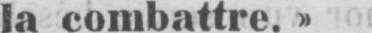
la combattre.»